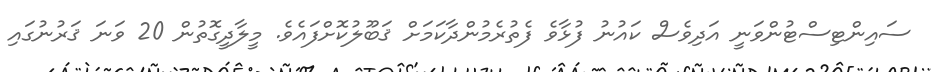
ސައިންޓިސްޓުންވަނީ އަދިވެސް ކައުނު ފުޅާވެ ފެތުރެމުންދާކަމަށް ޤަބޫލުކޮށްފައެވެ. މީލާދީގޮތުން 20 ވަނަ ޤަރުނުގައި